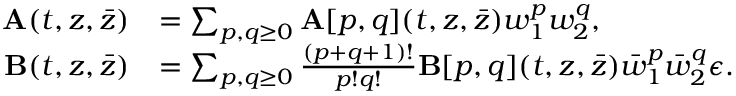
\begin{array} { r l } { \mathbf { A } ( t , z , \bar { z } ) } & { = \sum _ { p , q \geq 0 } \mathbf { A } [ p , q ] ( t , z , \bar { z } ) w _ { 1 } ^ { p } w _ { 2 } ^ { q } , } \\ { \mathbf { B } ( t , z , \bar { z } ) } & { = \sum _ { p , q \geq 0 } \frac { ( p + q + 1 ) ! } { p ! q ! } \mathbf { B } [ p , q ] ( t , z , \bar { z } ) \bar { w } _ { 1 } ^ { p } \bar { w } _ { 2 } ^ { q } \epsilon . } \end{array}